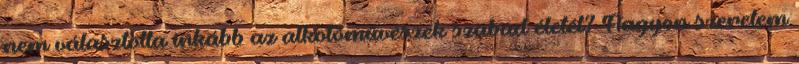
nem választotta inkább az alkotóművészek szabad életét? Nagyon szeretem